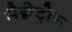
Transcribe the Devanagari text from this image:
मैग्नेट्रोन